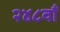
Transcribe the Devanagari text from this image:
२४८वाँ